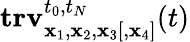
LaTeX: \mathbf{trv}_{{\mathbf x}_{1},{\mathbf x}_{2},{\mathbf x}_{3}[,{\mathbf x}_{4}]}^{t_{0},t_{N}}(t)